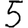
Digit: 5